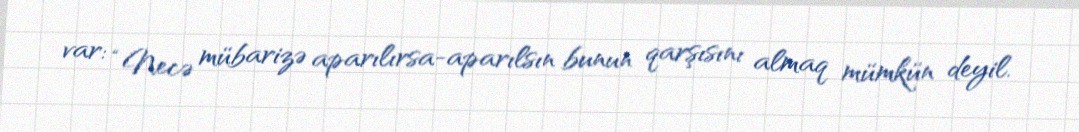
var: “Necə mübarizə aparılırsa-aparılsın bunun qarşısını almaq mümkün deyil.